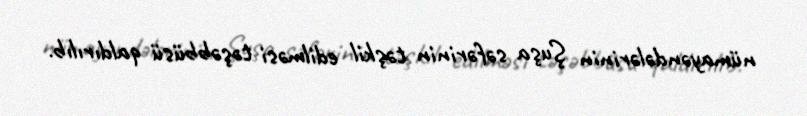
nümayəndələrinin Şuşa səfərinin təşkil edilməsi təşəbbüsü qaldırılıb.